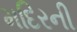
મદિરની